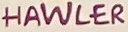
HAWLER